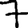
Digit: 7